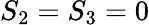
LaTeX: S_{2}=S_{3}=0